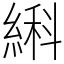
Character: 䌀